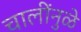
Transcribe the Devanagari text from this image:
चालींनुळे